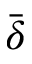
\bar { \boldsymbol \delta }